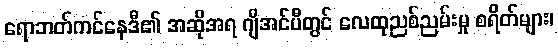
ရောဘတ်ကင်နေဒီ၏ အဆိုအရ ဂျီအင်ပီတွင် လေထုညစ်ညမ်းမှု စရိတ်များ၊